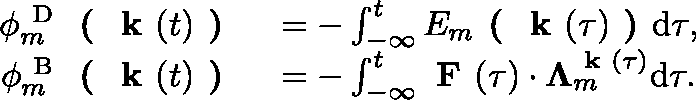
\begin{array} { r l } { \phi _ { m } ^ { \mathrm { ~ D ~ } } \textbf { ( } \textbf { k } ( t ) \textbf { ) } } & { { } = - \int _ { - \infty } ^ { t } E _ { m } \textbf { ( } \textbf { k } ( \tau ) \textbf { ) } \mathrm { d } \tau , } \\ { \phi _ { m } ^ { \mathrm { ~ B ~ } } \textbf { ( } \textbf { k } ( t ) \textbf { ) } } & { { } = - \int _ { - \infty } ^ { t } \textbf { F } ( \tau ) \cdot \mathbf { \Lambda } _ { m } ^ { \textbf { k } ( \tau ) } \mathrm { d } \tau . } \end{array}